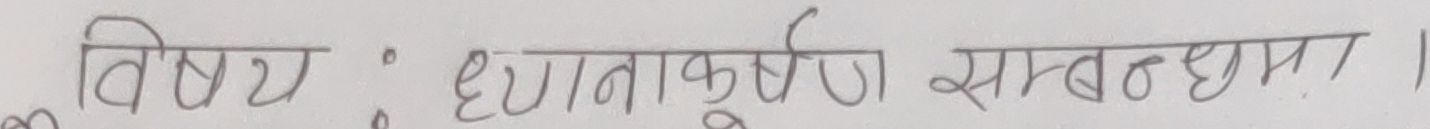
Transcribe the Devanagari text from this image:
विषय : धुताकर्षण सम्बन्धमा ।